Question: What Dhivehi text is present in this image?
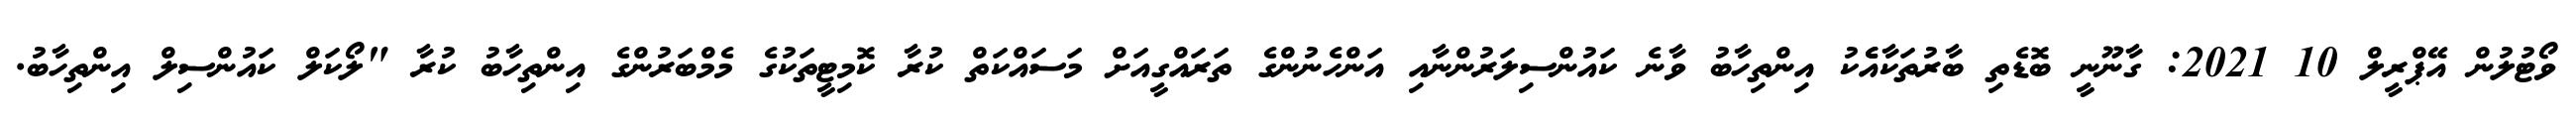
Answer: ވޯޓުލުން އޭޕްރީލް 10 2021: ގާނޫނީ ބޮޑެތި ބާރުތަކާއެެކު އިންތިހާބު ވާނެ ކައުންސިލަރުންނާއި އަންހެނުންގެ ތަރައްގީއަށް މަސައްކަތް ކުރާ ކޮމިޓީތަކުގެ މެމްބަރުންގެ އިންތިހާބު ކުރާ "ލޯކަލް ކައުންސިލް އިންތިހާބު.